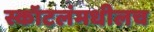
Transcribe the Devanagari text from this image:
स्कॉटलंमधीलच